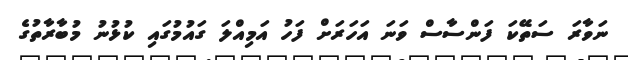
ނަވާރަ ސަތޭކަ ފަންސާސް ވަނަ އަހަރަށް ފަހު އަމިއްލަ ގައުމުގައި ކުޅުނު މުބާރާތުގެ